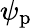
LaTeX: \psi_{\mathrm{{p}}}